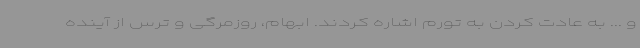
و ... به عادت کردن به تورم اشاره کردند. ابهام، روزمرگی و ترس از آینده